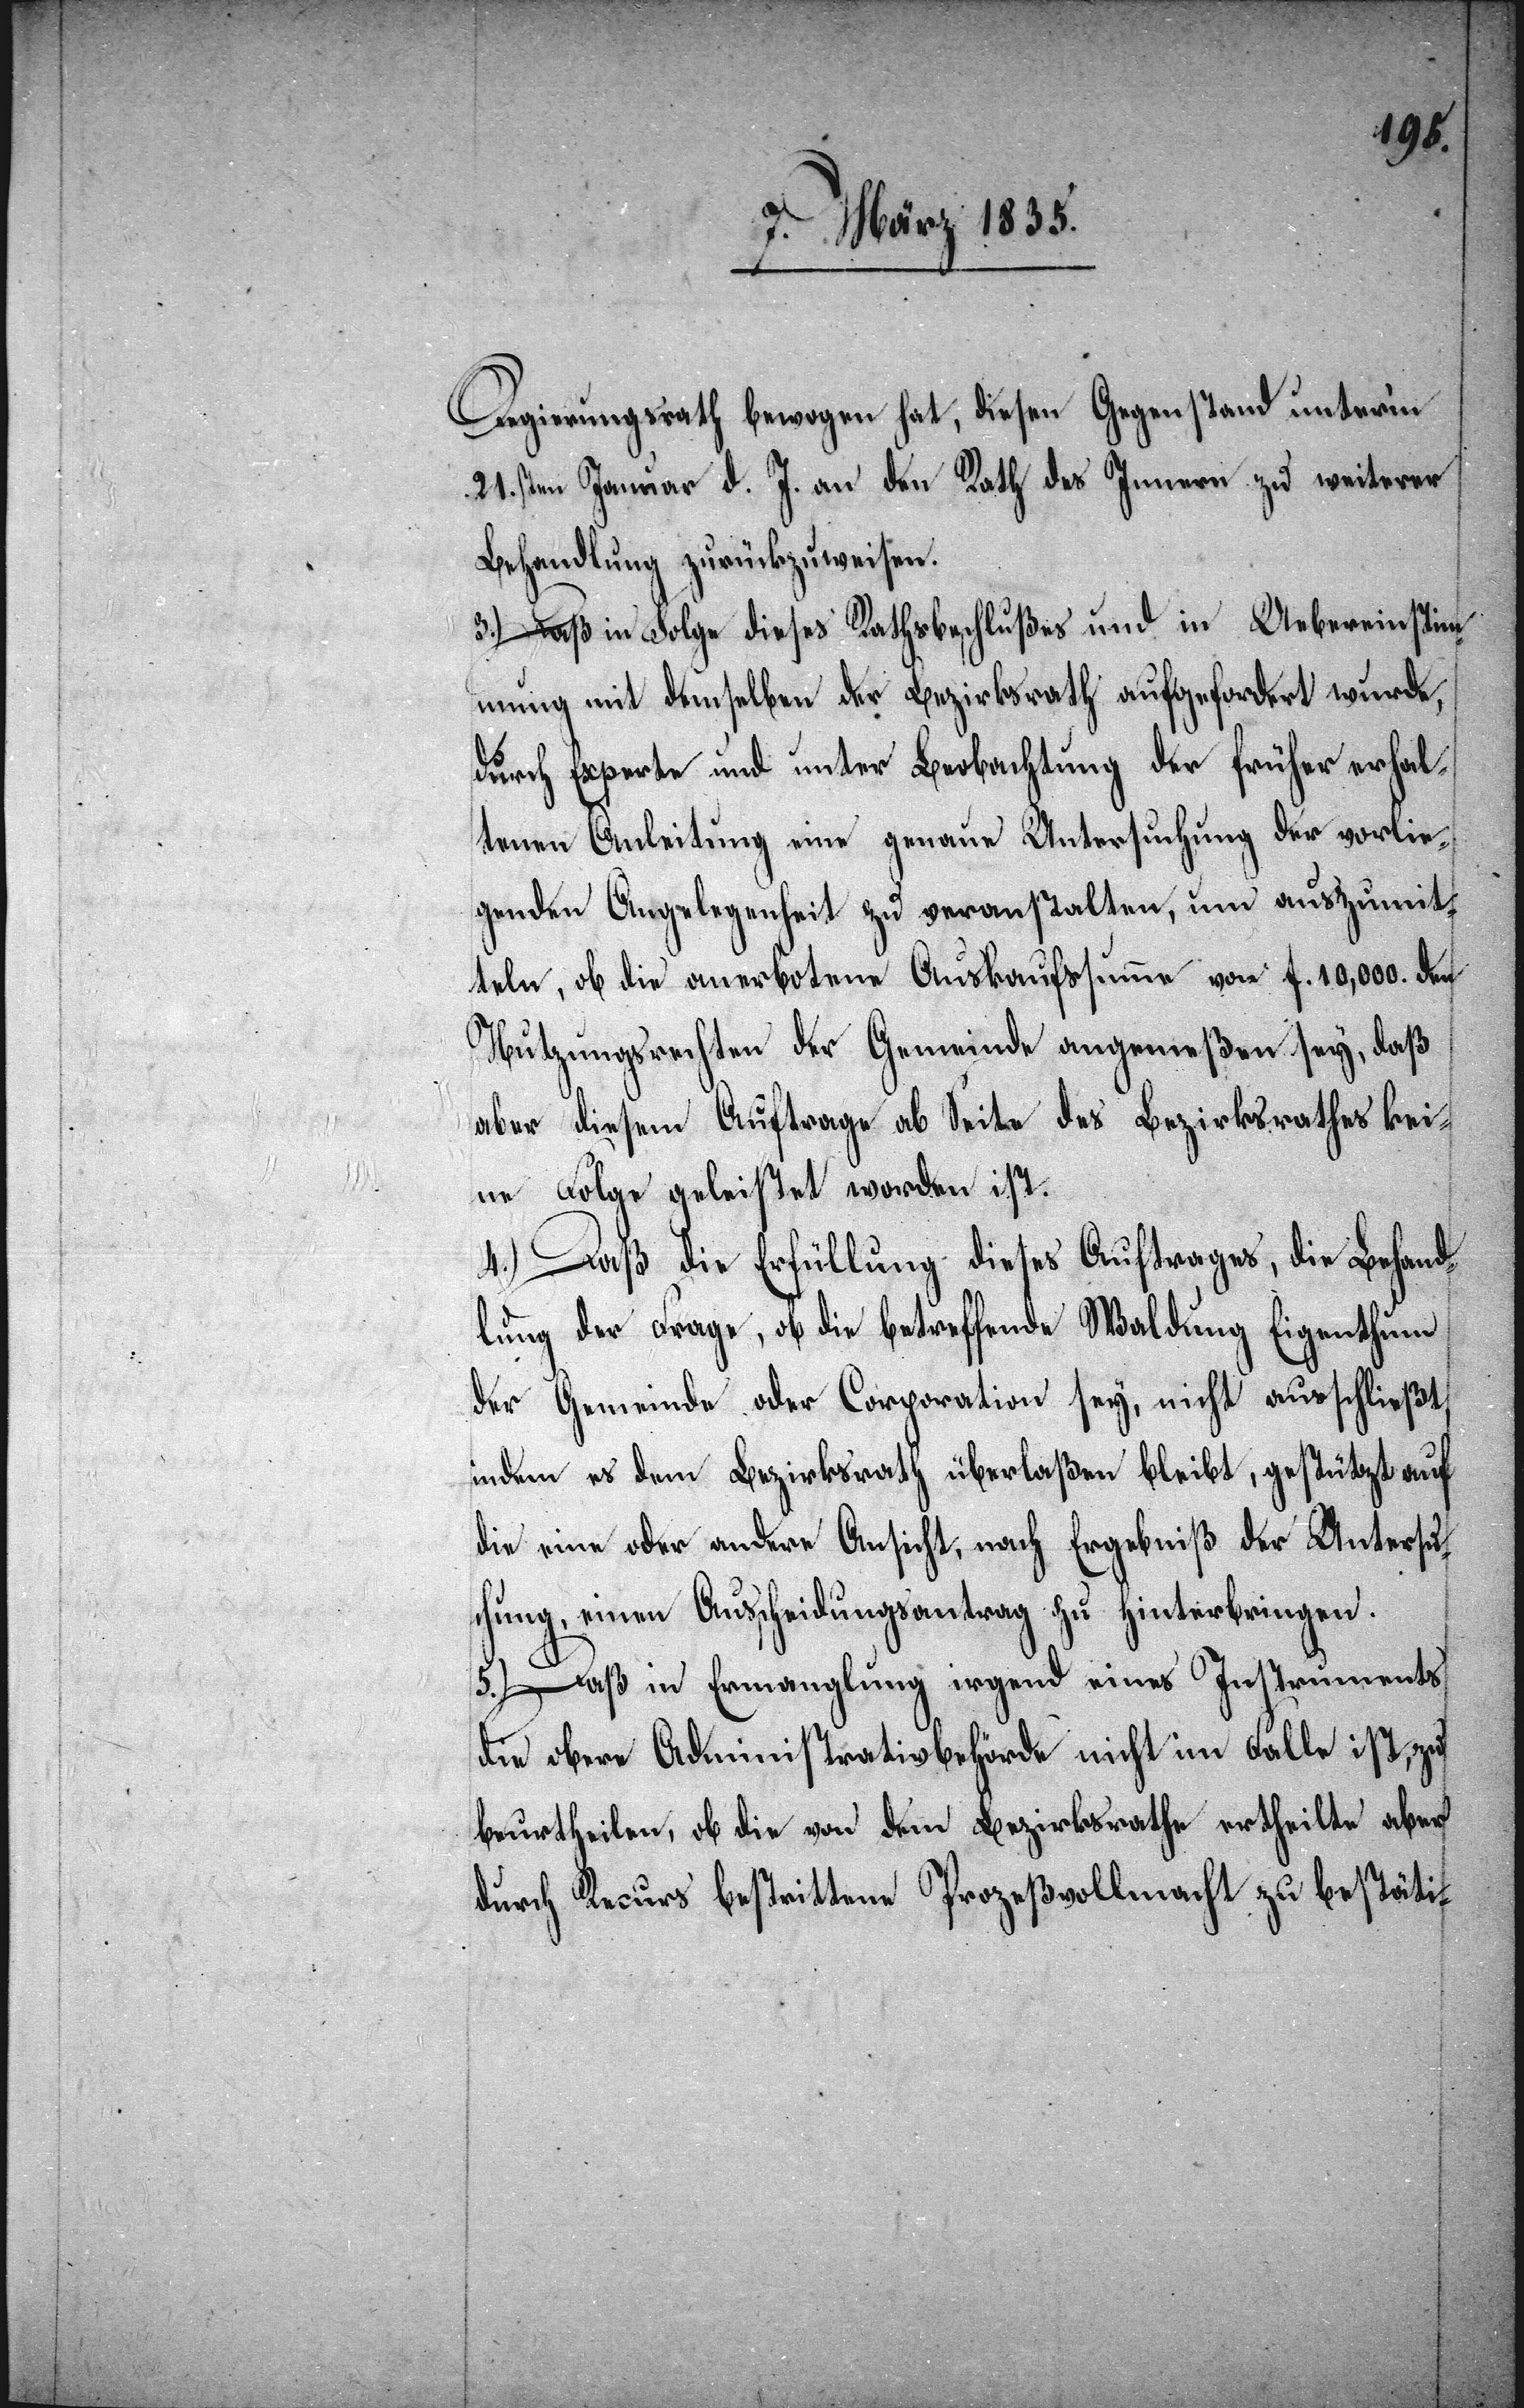
Regierungsrath bewogen hat, diesen Gegenstand unterm
21.sten Januar d. J. an den Rath des Innern zu weiterer
Behandlung zurückzuweisen.
3.) Daß in Folge dieses Rathsbeschlußes und in Uebereinstim¬
mung mit demselben der Bezirksrath aufgefordert wurde,
durch Experte und unter Beobachtung der früher erhal¬
tenen Anleitung eine genaue Untersuchung der vorlie¬
genden Angelegenheit zu veranstalten, um auszumit¬
teln, ob die anerbotene Auskaufssumme von f. 10,000. den
Nutzungsrechten der Gemeinde angemeßen sey, daß
aber diesem Auftrage ab Seite des Bezirksrathes kei¬
ne Folge geleistet worden ist.
4.) Daß die Erfüllung dieses Auftrages, die Behand¬
lung der Frage, ob die betreffende Waldung Eigenthum
der Gemeinde oder Corporation sey, nicht ausschließt,
indem es dem Bezirksrath überlaßen bleibt, gestützt auf
die eine oder andere Ansicht, nach Ergebniß der Untersuc¬
hung, einen Ausscheidungsantrag zu hinterbringen.
5.) Daß in Ermangelung irgend eines Instruments
die obere Administrativbehörde nicht im Falle ist, zu
beurtheilen, ob die von dem Bezirksrathe ertheilte aber
durch Recurs bestrittene Prozeßvollmacht zu bestäti-